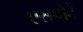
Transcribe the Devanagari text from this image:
एसपोर्टे